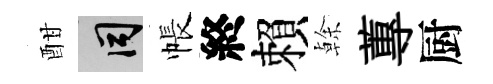
酣间帳終賴𠏉蓴厨